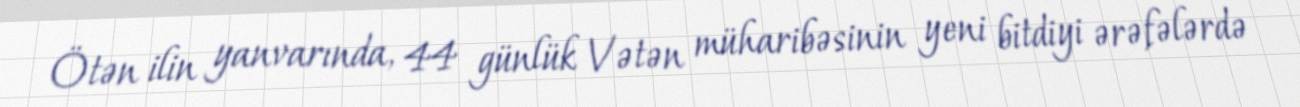
Ötən ilin yanvarında, 44 günlük Vətən müharibəsinin yeni bitdiyi ərəfələrdə